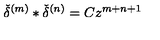
{ \check { \delta } } ^ { ( m ) } \ast { \check { \delta } } ^ { ( n ) } = C z ^ { m + n + 1 }